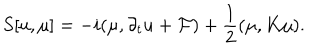
S [ { u } , { \mu } ] = - i ( { \mu } , \partial _ { t } { u } + { \cal F } ) + \frac { 1 } { 2 } ( { \mu } , K { \mu } ) .